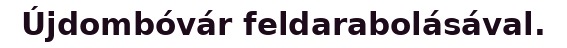
Újdombóvár feldarabolásával.